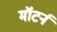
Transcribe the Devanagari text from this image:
मॉटर्न